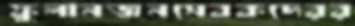
ফুলানজনসেবকদেরর